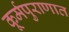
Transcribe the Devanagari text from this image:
कूर्मपुराणात